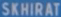
SKHIRAT